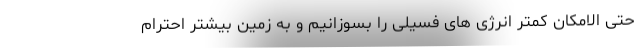
حتی الامکان کمتر انرژی های فسیلی را بسوزانیم و به زمین بیشتر احترام